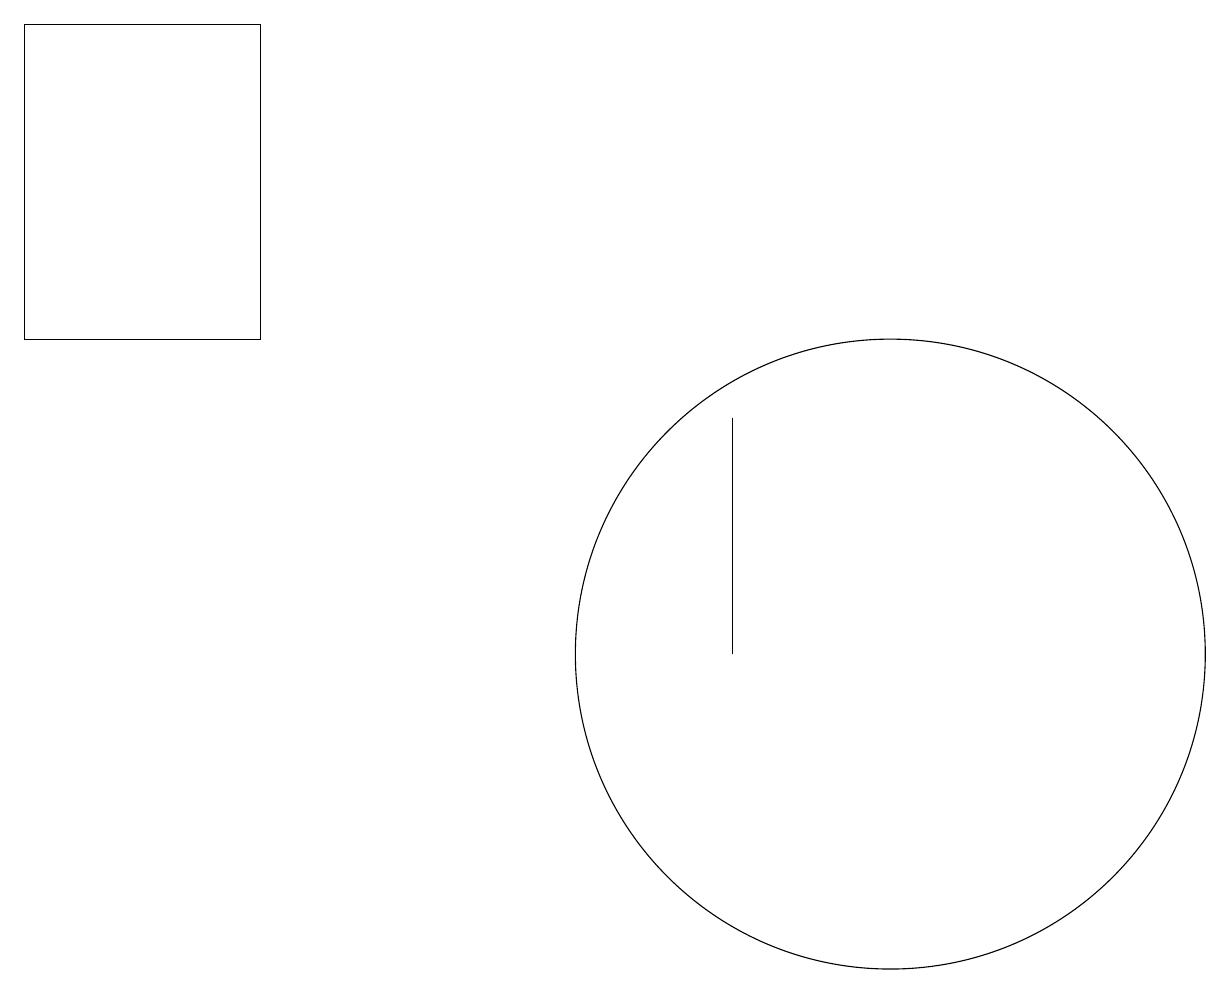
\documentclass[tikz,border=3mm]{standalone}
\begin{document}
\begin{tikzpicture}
\draw (11,11) circle (4);
\draw (3,15) rectangle (0,19);
\draw (9,14) rectangle (9,11);
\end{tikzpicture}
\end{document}